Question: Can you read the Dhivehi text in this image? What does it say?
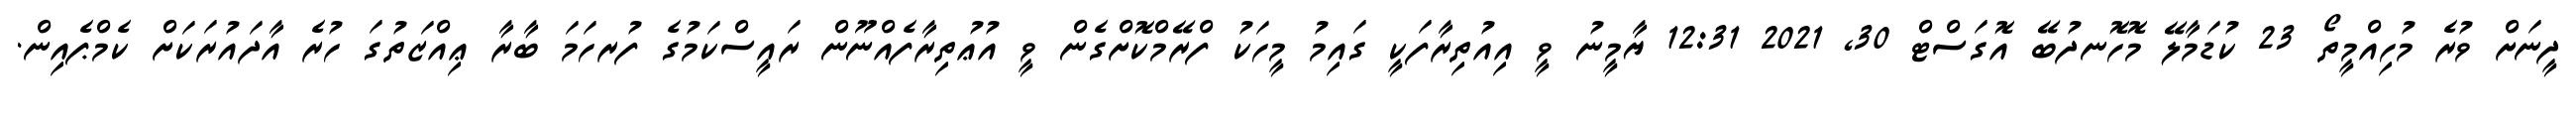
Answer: ދީނަށް ވުރެ މުހިއްމީތޯ 23 ކުޑަމާލޭ މޮހޮނދުބޭ އޮގަސްޓް 30, 2021 12:31 ޔާމީނު ވީ އިއުތިރާފަކީ ގައިމު މީހަކު ފްރޭމްކޮށްގެން ވީ އުޢުތިރާފެއްނޫން ރައީސްކަމުގެ ފުރހަމަ ބާރާ ޢިއްޒަތުގަ ހުރެ އާދައުރަކަށް ކެމްޕެއިން.